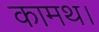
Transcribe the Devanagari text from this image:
कामथ।